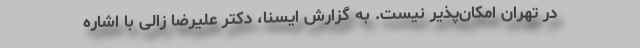
در تهران امکان‌پذیر نیست. به گزارش ایسنا، دکتر علیرضا زالی با اشاره